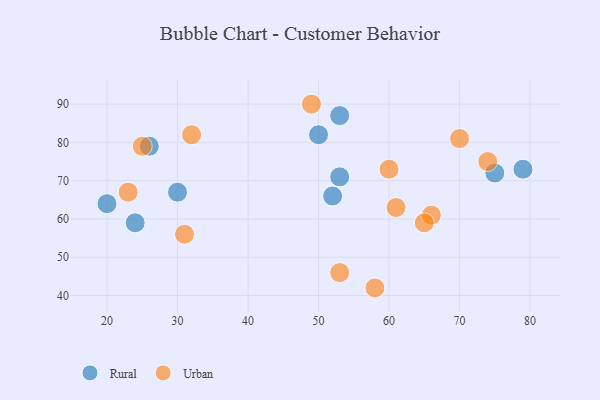
{"axis": {"x": "GDP", "y": "Life Expectancy"}, "legend": ["Rural", "Urban"], "data": [{"x": "30", "y": 67, "type": "Rural"}, {"x": "24", "y": 59, "type": "Rural"}, {"x": "53", "y": 71, "type": "Rural"}, {"x": "75", "y": 72, "type": "Rural"}, {"x": "26", "y": 79, "type": "Rural"}, {"x": "50", "y": 82, "type": "Rural"}, {"x": "52", "y": 66, "type": "Rural"}, {"x": "53", "y": 87, "type": "Rural"}, {"x": "79", "y": 73, "type": "Rural"}, {"x": "20", "y": 64, "type": "Rural"}, {"x": "49", "y": 90, "type": "Urban"}, {"x": "74", "y": 75, "type": "Urban"}, {"x": "60", "y": 73, "type": "Urban"}, {"x": "31", "y": 56, "type": "Urban"}, {"x": "23", "y": 67, "type": "Urban"}, {"x": "66", "y": 61, "type": "Urban"}, {"x": "25", "y": 79, "type": "Urban"}, {"x": "53", "y": 46, "type": "Urban"}, {"x": "32", "y": 82, "type": "Urban"}, {"x": "58", "y": 42, "type": "Urban"}, {"x": "70", "y": 81, "type": "Urban"}, {"x": "65", "y": 59, "type": "Urban"}, {"x": "61", "y": 63, "type": "Urban"}]}